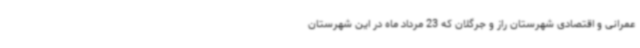
عمرانی و اقتصادی شهرستان راز و جرگلان که 23 مرداد ماه در این شهرستان